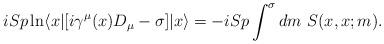
LaTeX: \begin{align*}i Sp \ln\langle x| [ i\gamma^\mu (x)D_\mu -\sigma] |x \rangle=-i Sp \int^{\sigma} dm\ S(x,x;m).\end{align*}